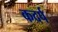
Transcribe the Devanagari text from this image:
कदर्प